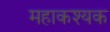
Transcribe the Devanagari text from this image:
महाकश्यक